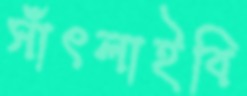
সাঁৎলাইবি